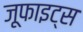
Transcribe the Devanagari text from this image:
जूफाइट्स